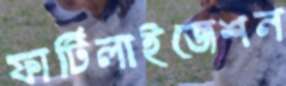
ফার্টিলাইজেশন